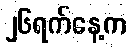
၂၆ရက်နေ့က